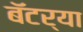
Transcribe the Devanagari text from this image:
बॅटर्‍या